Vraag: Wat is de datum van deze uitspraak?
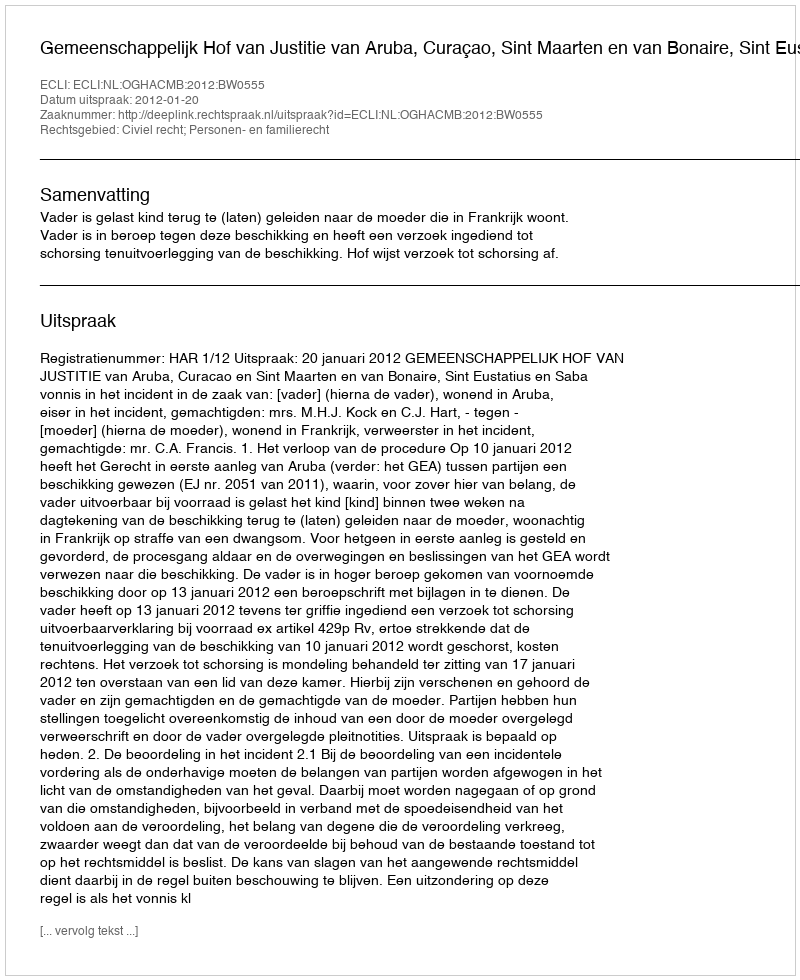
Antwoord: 2012-01-20